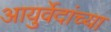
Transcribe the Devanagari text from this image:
आयुर्वेदांच्या